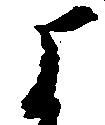
よ